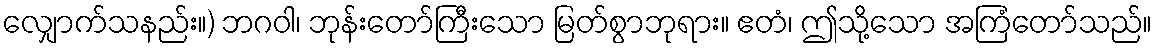
လျှောက်သနည်း။) ဘဂဝါ၊ ဘုန်းတော်ကြီးသော မြတ်စွာဘုရား။ ဧတံ၊ ဤသို့သော အကြံတော်သည်။